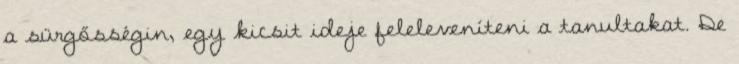
a sürgősségin, egy kicsit ideje feleleveníteni a tanultakat. De